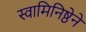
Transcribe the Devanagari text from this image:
स्वामिनिष्ठेने